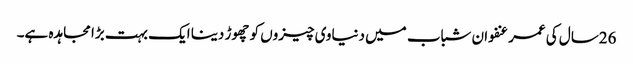
26سال کی عمر عنفوان شباب میں دنیاوی چیزوں کو چھوڑ دینا ایک بہت بڑا مجاہدہ ہے۔